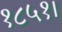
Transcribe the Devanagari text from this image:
१८५१।